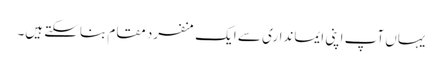
یہاں آپ اپنی ایمانداری سے ایک منفرد مقام بناسکتے ہیں۔